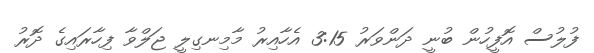
ފުލުސް އޮފީހުން ބުނީ ދަންވަރު 3:15 އެހާއިރު މާމިނގިލީ ޖަލްވާ ފިހާރައިގެ ދޮރު